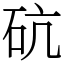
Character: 砊